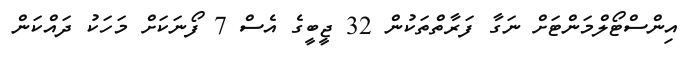
އިންސްޓޯލްމަންޓަށް ނަގާ ފަރާތްތަކުން 32 ޖީބީގެ އެސް 7 ފޯނަަކަށް މަހަކު ދައްކަން